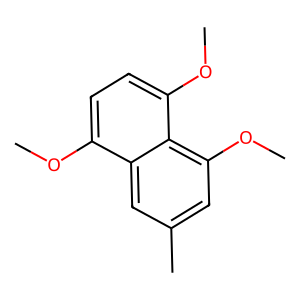
SMILES: COc1ccc(OC)c2c(OC)cc(C)cc12
Inhibits HIV replication: No